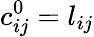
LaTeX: c_{ij}^{0}=l_{ij}